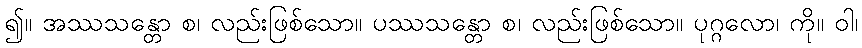
၍။ အဿသန္တော စ၊ လည်းဖြစ်သော။ ပဿသန္တော စ၊ လည်းဖြစ်သော။ ပုဂ္ဂလော၊ ကို။ ဝါ၊